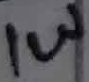
Text: 1W